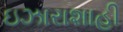
ઇઝારાશાહી